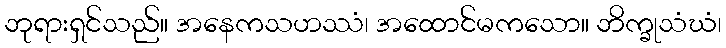
ဘုရားရှင်သည်။ အနေကသဟဿံ၊ အထောင်မကသော။ ဘိက္ခုသံဃံ၊